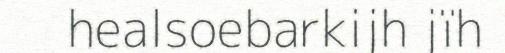
healsoebarkijh jïh